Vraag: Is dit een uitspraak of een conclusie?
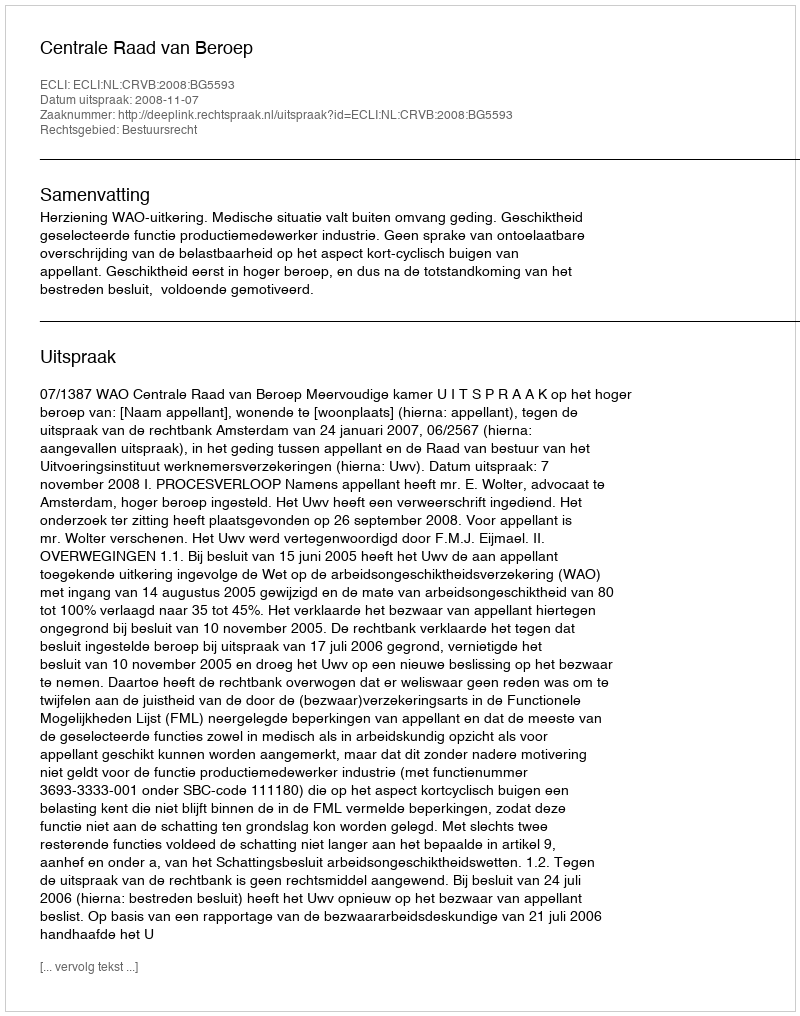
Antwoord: Uitspraak